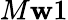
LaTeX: M\mathbf{w}1